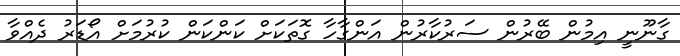
ގާނޫނީ އިމުން ބޭރުން ސަރުކާރުން އަންގާހާ ގޮތަކަށް ކަންކަން ކުރުމަށް އޯޑަރު ދެއްވާ